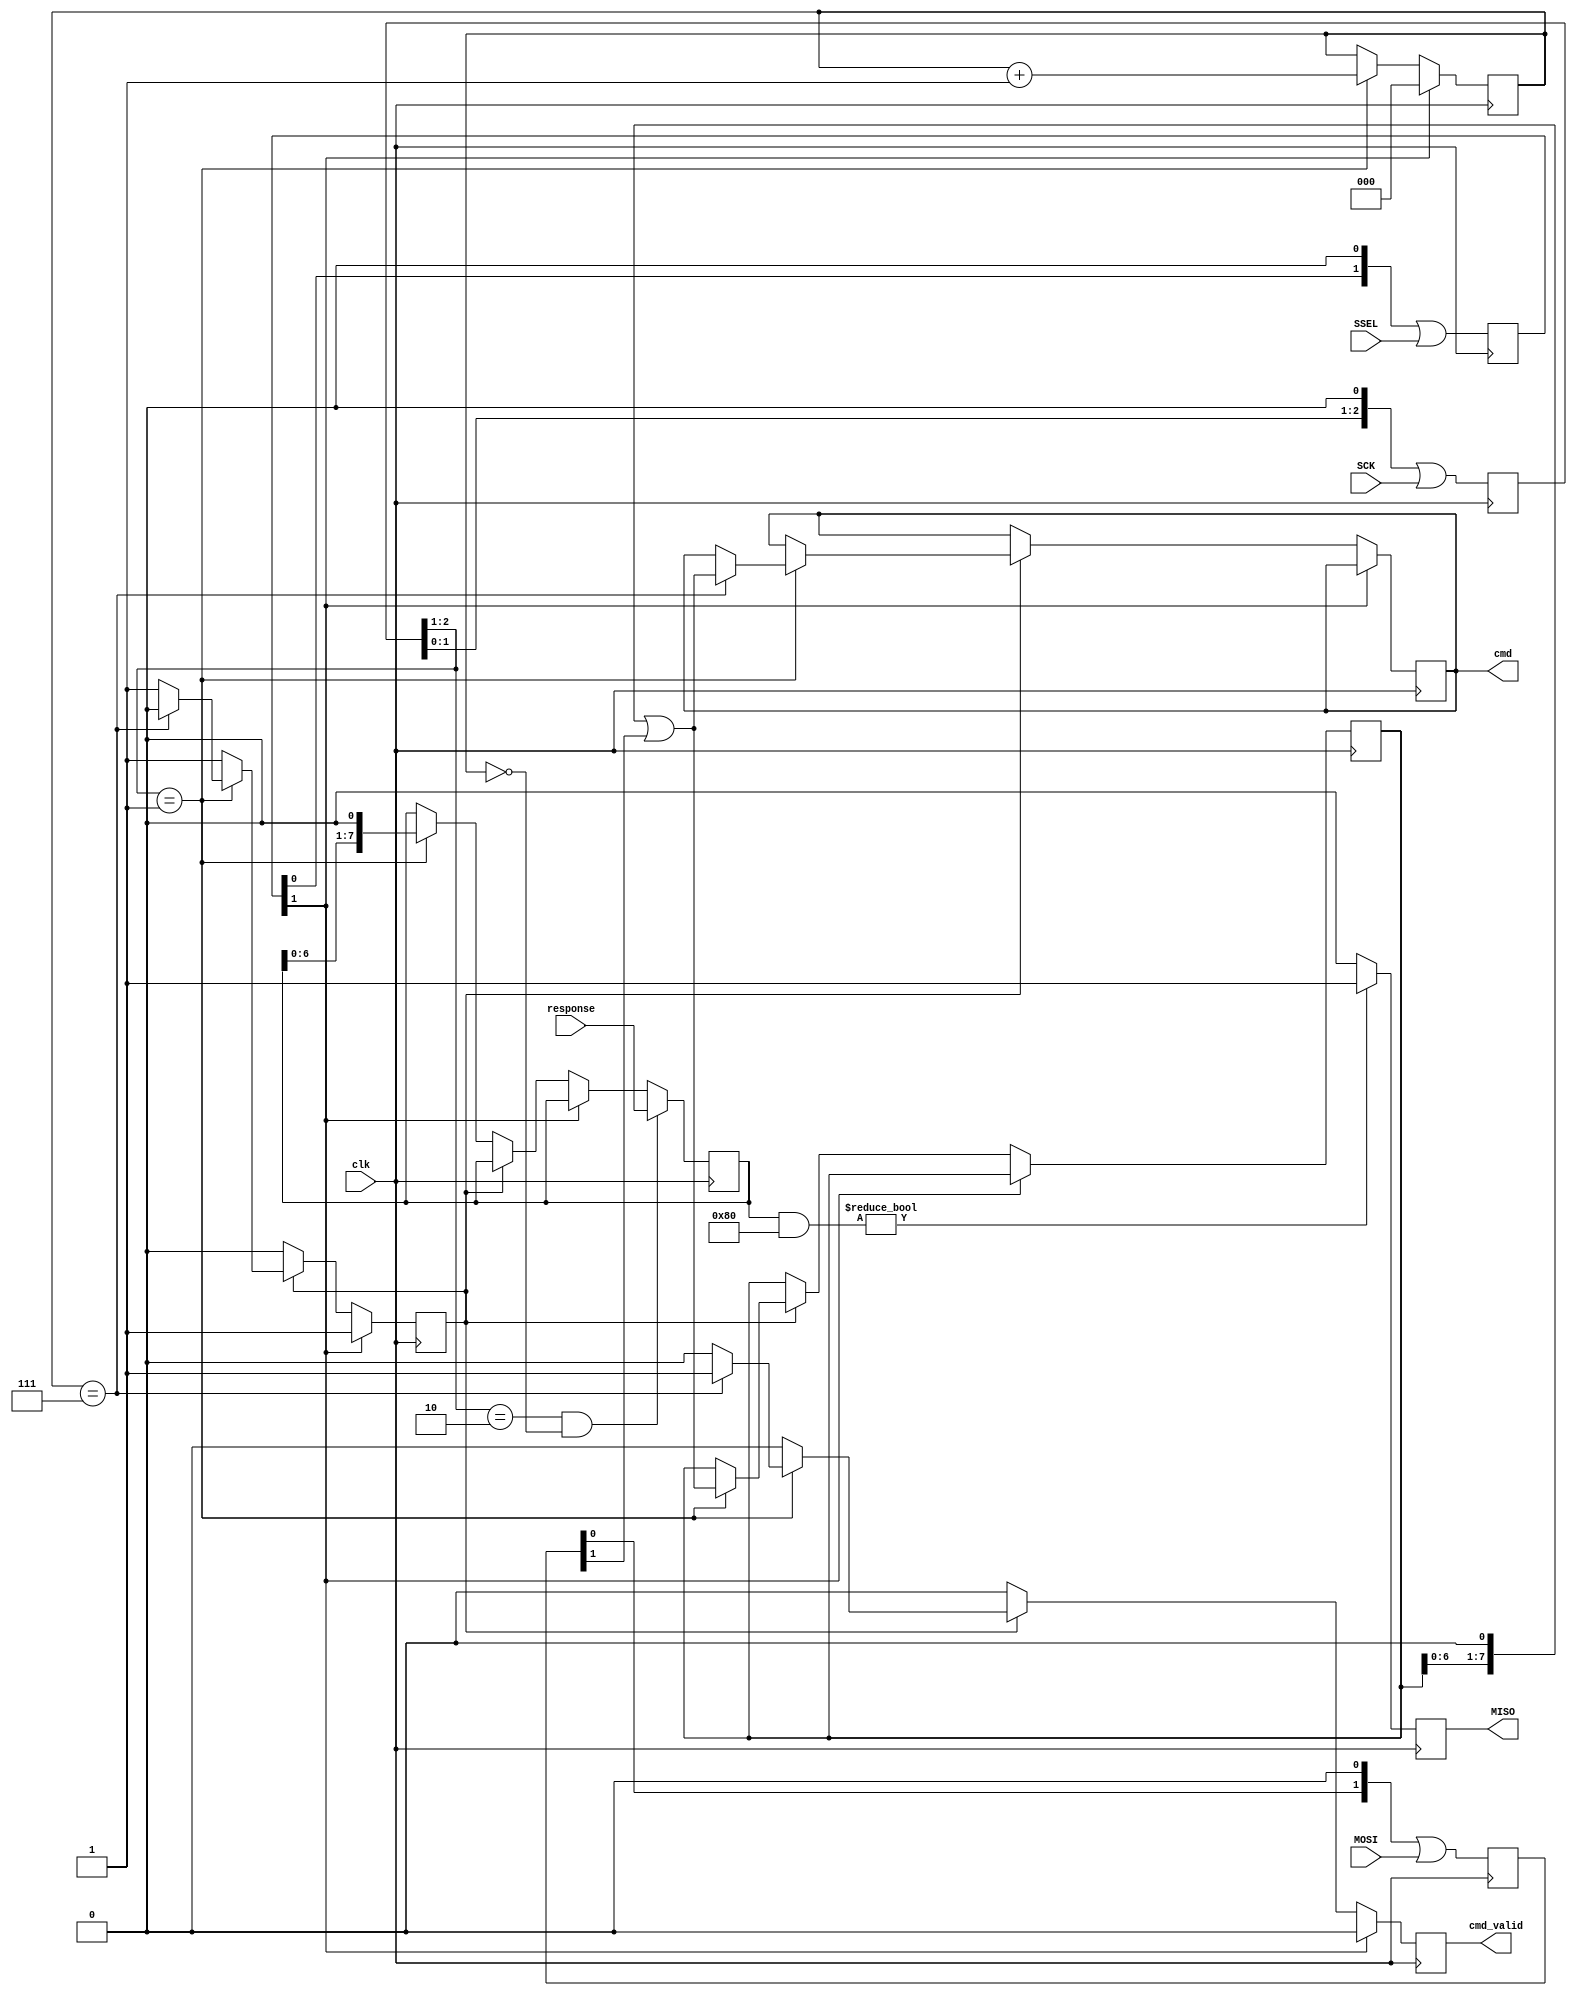
// based on https://www.fpga4fun.com/SPI1.html

module spi_slave
  (
   input 	    clk,
   input 	    SCK,
   input 	    SSEL,
   input 	    MOSI,
   output reg 	    MISO,
   output reg [7:0] cmd,
   output reg 	    cmd_valid,
   input [7:0] 	    response
   );

   initial cmd_valid = 0; // initialize for test bench 

   // clk domain crossing
   reg [2:0] 	SCKr; always @(posedge clk) SCKr <= (SCKr << 1) | SCK;
   wire 	SCK_risingedge = (SCKr[2:1] == 2'b01);
   wire 	SCK_fallingedge = (SCKr[2:1] == 2'b10);

   reg [2:0] 	SSELr; always @(posedge clk) SSELr <= (SSELr << 1) | SSEL;
   wire 	SSEL_active = ~SSELr[1];  // SSEL is active low

   reg [1:0] 	MOSIr;  always @(posedge clk) MOSIr <= (MOSIr << 1) | MOSI;
   wire 	MOSI_data = MOSIr[1];


   // read in 8 bit message
   reg [2:0] 	bitcnt;
   reg [7:0] 	rbuf = 0;
   reg [7:0] 	xbuf = 0;
   

   reg 		doing_cmd = 0;
   

   always @(posedge clk) begin
      cmd_valid <= 0;

      if (~SSEL_active) begin
	 bitcnt <= 0;
	 doing_cmd <= 1;
      end else if (doing_cmd) begin
	 if (SCK_risingedge) begin
	    bitcnt <= bitcnt + 1;
	    rbuf <= (rbuf << 1) | MOSI_data;

	    if (bitcnt == 7) begin
	       cmd <= (rbuf << 1) | MOSI_data;
	       cmd_valid <= 1;
	       doing_cmd <= 0;
	    end
	 end
      end else begin
	 if (SCK_risingedge) begin
	    xbuf <= xbuf << 1;
	    bitcnt <= bitcnt + 1;
	    
	 end
      end

      if (SCK_fallingedge && bitcnt == 0) begin
	 xbuf <= response;
      end

      MISO <= xbuf & 8'h80 ? 1 : 0;
   end
   

endmodule